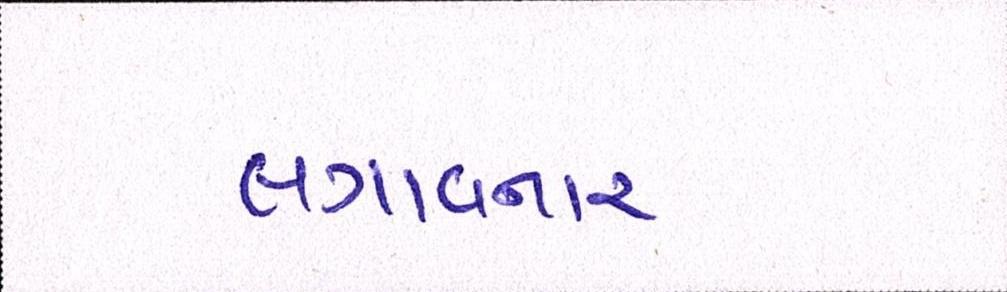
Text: લગાવનાર